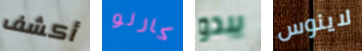
أكشف كارلو يبدو لاينوس